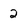
Character: 2